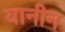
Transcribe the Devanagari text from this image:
यानीन